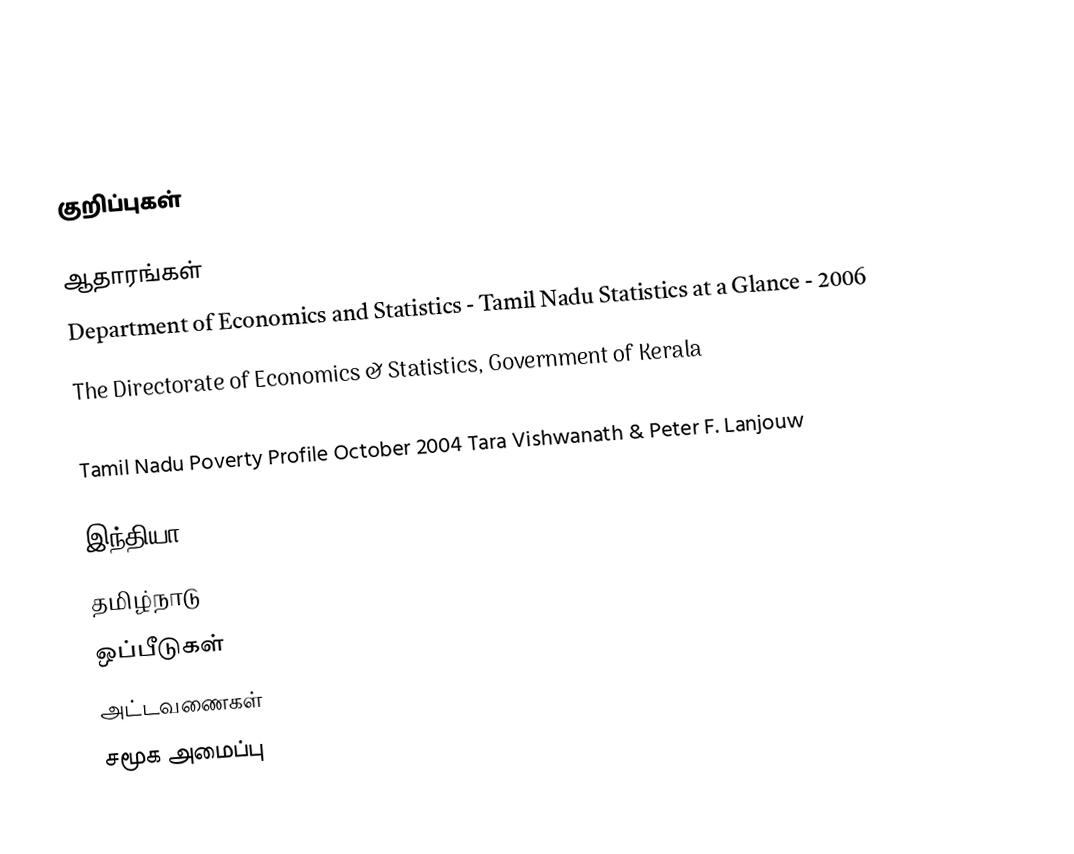

குறிப்புகள்

ஆதாரங்கள்
 Department of Economics and Statistics - Tamil Nadu Statistics at a Glance - 2006
 The Directorate of Economics & Statistics, Government of Kerala
 Kerala Economic Review
 Tamil Nadu Poverty Profile October 2004 Tara Vishwanath & Peter F. Lanjouw

இந்தியா
தமிழ்நாடு
ஒப்பீடுகள்
அட்டவணைகள்
சமூக அமைப்பு